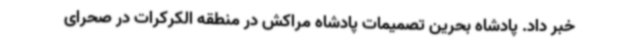
خبر داد. پادشاه بحرین تصمیمات پادشاه مراکش در منطقه الکرکرات در صحرای